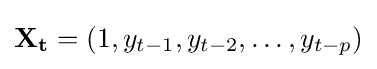
\mathbf {X_{t}} =(1,y_{t-1},y_{t-2},\ldots ,y_{t-p})